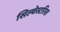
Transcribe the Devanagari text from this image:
सिल्वेस्टरिस